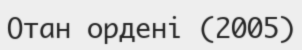
Отан ордені (2005)